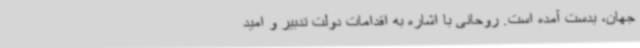
جهان، بدست آمده است. روحانی با اشاره به اقدامات دولت تدبیر و امید